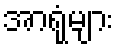
အာရုံများ